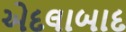
એદલાબાદ